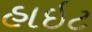
હાઇટ